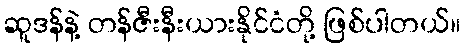
ဆူဒန်နဲ့ တန်ဇီးနီးယားနိုင်ငံတို့ ဖြစ်ပါတယ်။